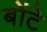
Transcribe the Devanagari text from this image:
बोंटे